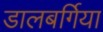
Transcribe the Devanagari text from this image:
डालबर्गिया